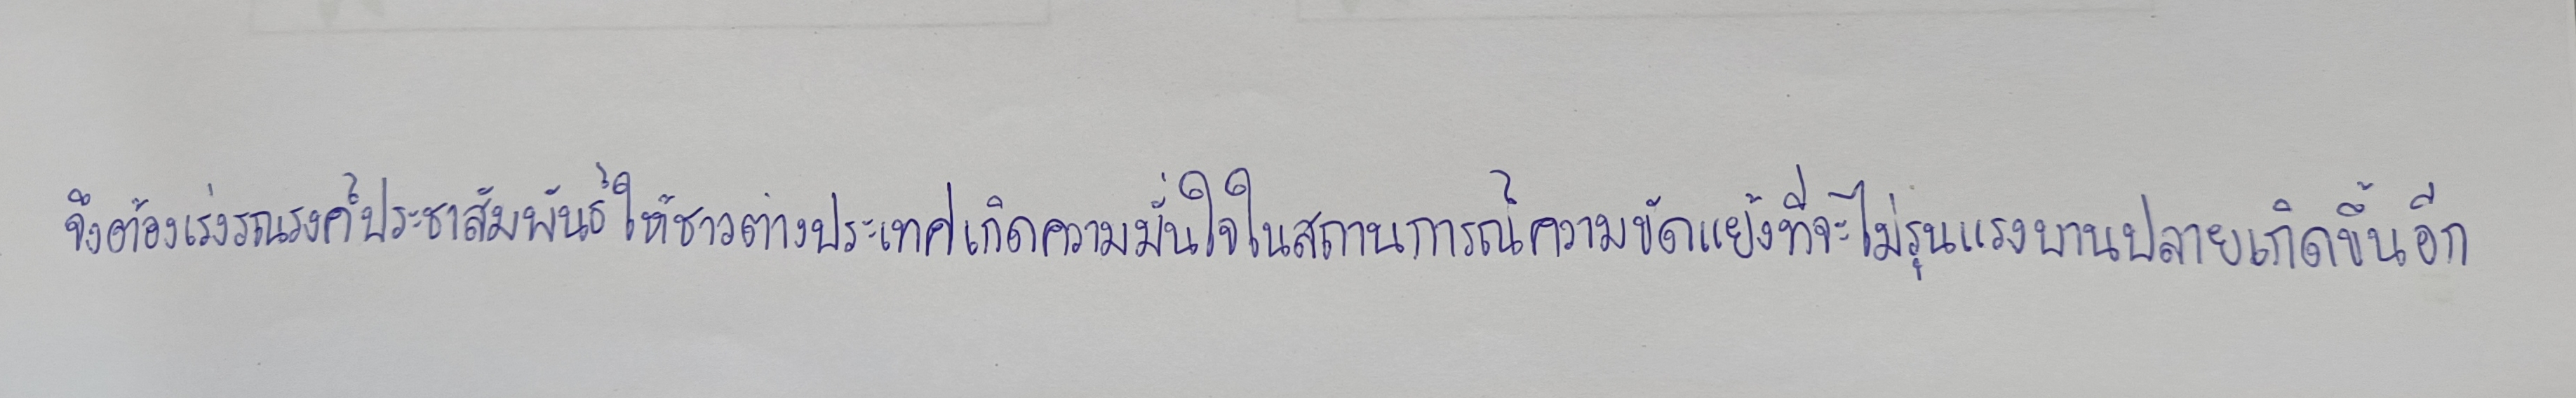
จึงต้องเร่งรณรงค์ประชาสัมพันธ์ให้ชาวต่างประเทศเกิดความมั่นใจในสถานการณ์ความขัดแย้งที่จะไม่รุนแรงบานปลายเกิดขึ้นอีก